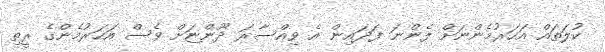
ކުލަތައް އަހަރުމެންނަށް ފެންނަ ފަދައިން އެ ވިއްސާރަ ދޫންޏަށް ވެސް އަހަރުމެންގެ ރީތި